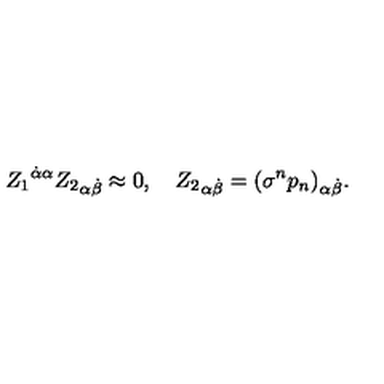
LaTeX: { Z _ { 1 } } ^ { \dot { \alpha } \alpha } { Z _ { 2 } } _ { \alpha \dot { \beta } } \approx 0 , \quad { Z _ { 2 } } _ { \alpha \dot { \beta } } = { ( \sigma ^ { n } p _ { n } ) } _ { \alpha \dot { \beta } } .